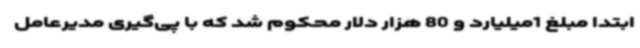
ابتدا مبلغ 1میلیارد و 80 هزار دلار محکوم شد که با پی‌گیری مدیرعامل